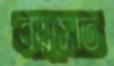
বয়সোত